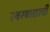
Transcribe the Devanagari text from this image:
स्वरवाद्याची